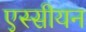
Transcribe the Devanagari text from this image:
एस्सीयन